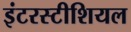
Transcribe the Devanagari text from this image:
इंटरस्टीशियल